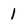
Character: 1